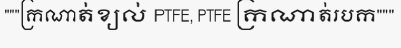
"""ក្រណាត់ខ្យល់ PTFE, PTFE ក្រណាត់របក"""